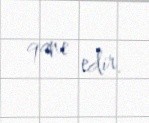
qane edir.